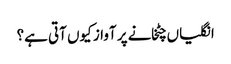
انگلیاں چٹخانے پر آواز کیوں آتی ہے؟